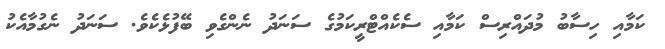
ކަމާއި ހިސާބު މުދައްރިސް ކަމާއި ސެކެއްޓްރީކަމުގެ ސަނަދު ނެންގެވި ބޭފުޅެކެވެ. ސަނަދު ނެގުމާއެކު